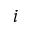
i